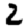
Digit: 2